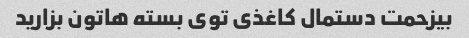
بیزحمت دستمال کاغذی توی بسته هاتون بزارید